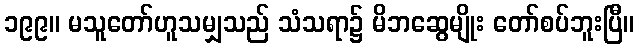
၁၉၉။ မသူတော်ဟူသမျှသည် သံသရာ၌ မိဘဆွေမျိုး တော်စပ်ဘူးပြီ။